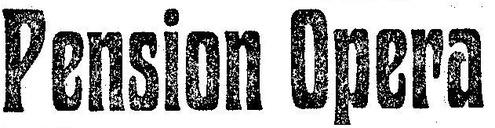
Pension Opera